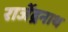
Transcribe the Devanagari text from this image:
राजेंद्रनाथ